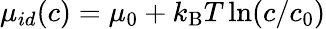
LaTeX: \mu_{id}(c)=\mu_{0}+k_{\mathrm{B}}T\ln(c/c_{0})